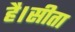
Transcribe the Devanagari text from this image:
है।सीता